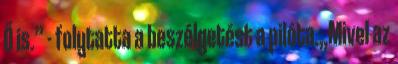
Ő is.” - folytatta a beszélgetést a pilóta.„Mivel az